Indian journal of veterinary science and animal husbandry - Volume 1,
Year: 1931
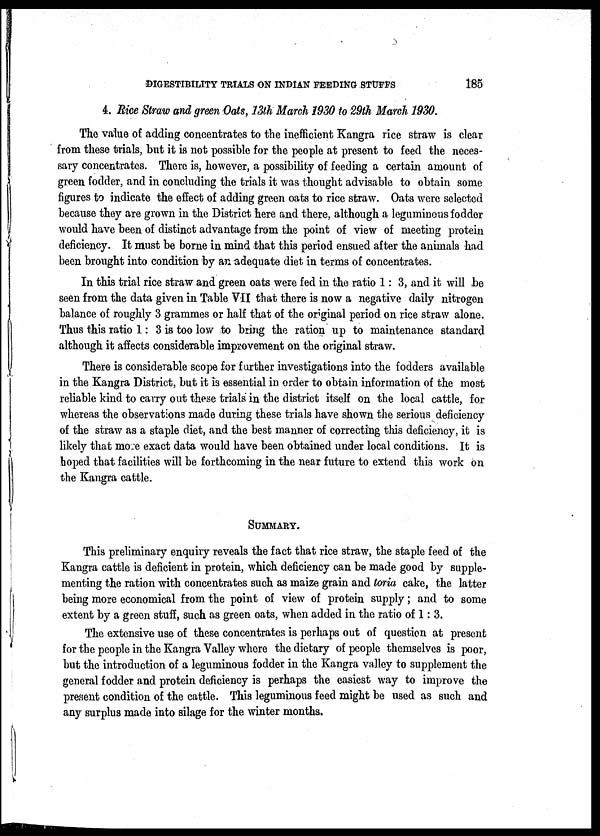
DIGESTIBILITY TRIALS ON INDIAN FEEDING STUFFS
185
4. Rice Straw and green Oats, 13th March 1930 to 29th March 1930.
The value of adding concentrates to the inefficient Kangra rice straw is clear
from these trials, but it is not possible for the people at present to feed the neces-
sary concentrates. There is, however, a possibility of feeding a certain amount of
green fodder, and in concluding the trials it was thought advisable to obtain some
figures to indicate the effect of adding green oats to rice straw. Oats were selected
because they are grown in the District here and there, although a leguminous fodder
would have been of distinct advantage from the point of view of meeting protein
deficiency. It must be borne in mind that this period ensued after the animals had
been brought into condition by an adequate diet in terms of concentrates.
In this trial rice straw and green oats were fed in the ratio 1: 3, and it will be
seen from the data given in Table VII that there is now a negative daily nitrogen
balance of roughly 3 grammes or half that of the original period on rice straw alone.
Thus this ratio 1: 3 is too low to bring the ration up to maintenance standard
although it affects considerable improvement on the original straw.
There is considerable scope for further investigations into the fodders available
in the Kangra District, but it is essential in order to obtain information of the most
reliable kind to carry out these trials in the district itself on the local cattle, for
whereas the observations made during these trials have shown the serious deficiency
of the straw as a staple diet, and the best manner of correcting this deficiency, it is
likely that more exact data would have been obtained under local conditions. It is
hoped that facilities will be forthcoming in the near future to extend this work on
the Kangra cattle.
SUMMARY.
This preliminary enquiry reveals the fact that rice straw, the staple feed of the
Kangra cattle is deficient in protein, which deficiency can be made good by supple-
menting the ration with concentrates such as maize grain and toria cake, the latter
being more economical from the point of view of protein supply; and to some
extent by a green stuff, such as green oats, when added in the ratio of 1 : 3.
The extensive use of these concentrates is perhaps out of question at present
for the people in the Kangra Valley where the dietary of people themselves is poor,
but the introduction of a leguminous fodder in the Kangra valley to supplement the
general fodder and protein deficiency is perhaps the easiest way to improve the
present condition of the cattle. This leguminous feed might be used as such and
any surplus made into silage for the winter months.